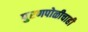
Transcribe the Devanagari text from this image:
पुरणपोळीचाही